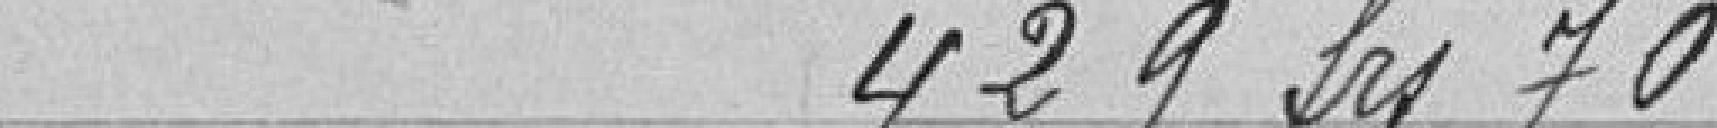
429,70 francs